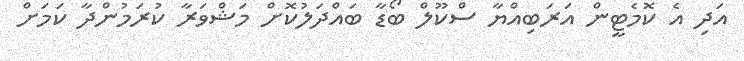
އަދި އެ ކޮމެޓީން އަރަބިއްޔާ ސްކޫލް ބޯޑާ ބައްދަލުކޮށް މަޝްވަރާ ކުރަމުންދާ ކަމަށް